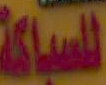
للسباكة